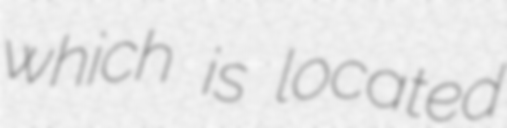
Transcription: which is located